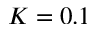
K = 0 . 1